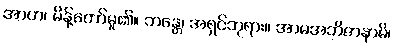
အာဟ၊ မိန့်တော်မူ၏။ ဘန္တေ၊ အရှင်ဘုရား။ အာမအဘိဇာနာမိ၊